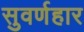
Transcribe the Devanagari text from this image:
सुवर्णहार